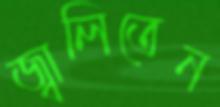
জ্বালিতেন